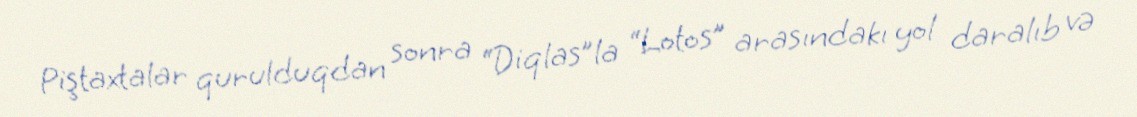
Piştaxtalar qurulduqdan sonra “Diqlas”la “Lotos” arasındakı yol daralıb və